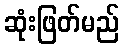
ဆုံးဖြတ်မည်